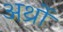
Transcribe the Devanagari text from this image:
अर्थ्रो